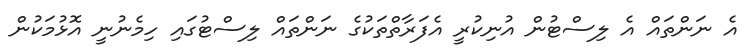
އެ ނަންތައް އެ ލިސްޓުން އުނިކުރީ އެފަރާތްތަކުގެ ނަންތައް ލިސްޓުގައި ހިމެނުނީ އޮޅުމަކުން